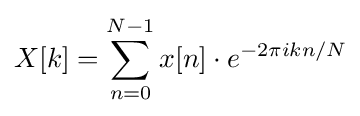
X[k]=\sum _{n=0}^{N-1}x[n]\cdot e^{-2\pi ikn/N}